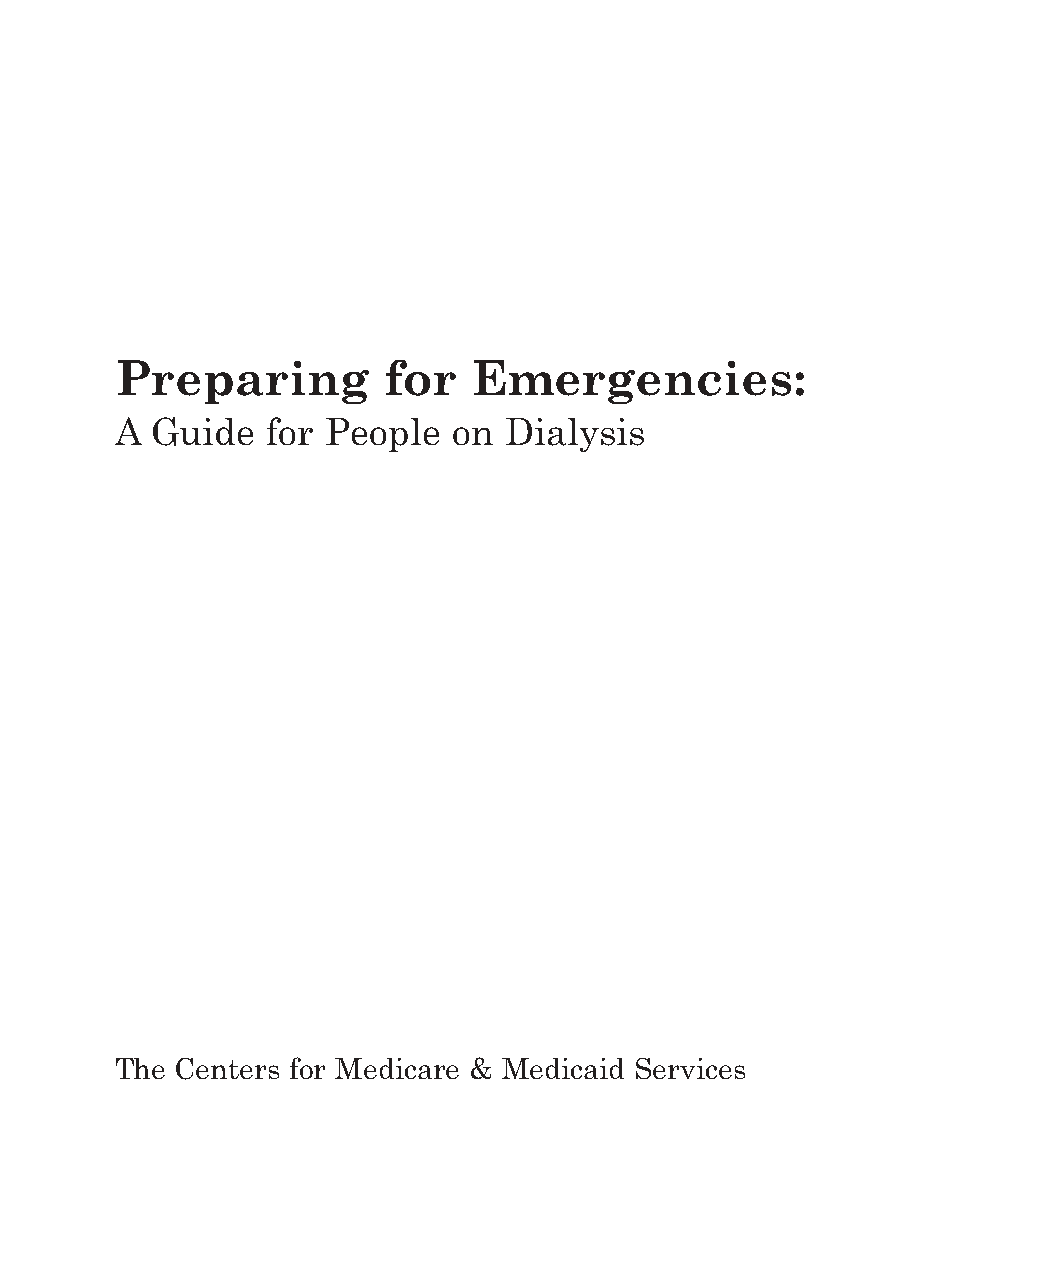
Preparing        for   Emergencies:
 A Guide   for People  on Dialysis
 The Centers for Medicare & Medicaid Services